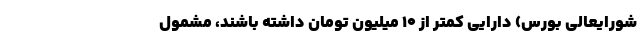
شورایعالی بورس) دارایی کمتر از ۱۰ میلیون تومان داشته باشند، مشمول